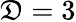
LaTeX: \mathfrak{D}=3